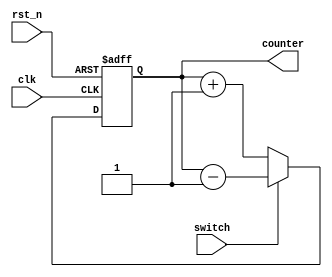
`timescale 1ns / 1ps
//////////////////////////////////////////////////////////////////////////////////
// Company: 
// Engineer: 
// 
// Design Name: 
// Module Name: module4b
// Project Name: 
// Target Devices: 
// Tool Versions: 
// Description: 
// 
// Dependencies: 
// 
// Revision:
// Revision 0.01 - File Created
// Additional Comments:
// 
//////////////////////////////////////////////////////////////////////////////////


module module4b(
                input clk,
                input switch,
                input rst_n,
                output reg[2:0] counter
    );
    
    always @ (posedge clk or negedge rst_n)begin
        if(!rst_n)begin
            counter <=0;
        end
        else begin
            if(switch == 0)
                counter = counter +1;                       
            else
                counter = counter -1;
        end
    end
endmodule